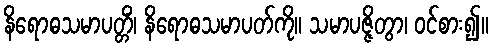
နိရောဓသမာပတ္တိံ၊ နိရောဓသမာပတ်ကို။ သမာပဇ္ဇိတွာ၊ ဝင်စား၍။